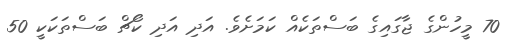
70 މީހުންގެ ޖާގައިގެ ބަސްތަކެއް ކަމަށެވެ. އަދި އަދި ކޯޗް ބަސްތަކަކީ 50